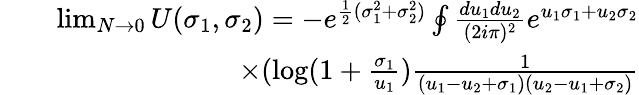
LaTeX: \begin{array}{rlr}&{}&{\operatorname*{lim}_{N\to 0}U(\sigma_{1},\sigma_{2})=-e^{\frac{1}{2}(\sigma_{1}^{2}+\sigma_{2}^{2})}\oint\frac{du_{1}du_{2}}{(2i\pi)^{2}}e^{u_{1}\sigma_{1}+u_{2}\sigma_{2}}}\\ &{}&{\times(\mathrm{log}(1+\frac{\sigma_{1}}{u_{1}})\frac{1}{(u_{1}-u_{2}+\sigma_{1})(u_{2}-u_{1}+\sigma_{2})}}\end{array}